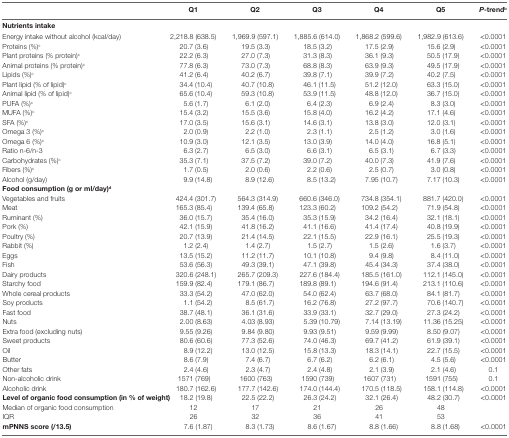
<table><thead><tr><td></td><td><b>Q1</b></td><td><b>Q2</b></td><td><b>Q3</b></td><td><b>Q4</b></td><td><b>Q5</b></td><td><b><i>P</i>-trend<sup>b</sup></b></td></tr></thead><tbody><tr><td><b>Nutrients intake</b></td><td></td><td></td><td></td><td></td><td></td><td></td></tr><tr><td>Energy intake without alcohol (kcal/day)</td><td>2,218.8 (638.5)</td><td>1,969.9 (597.1)</td><td>1,885.6 (614.0)</td><td>1,868.2 (599.6)</td><td>1,982.9 (613.6)</td><td>&lt;0.0001</td></tr><tr><td>Proteins (%)<sup>c</sup></td><td>20.7 (3.6)</td><td>19.5 (3.3)</td><td>18.5 (3.2)</td><td>17.5 (2.9)</td><td>15.6 (2.9)</td><td>&lt;0.0001</td></tr><tr><td>Plant proteins (% protein)<sup>c</sup></td><td>22.2 (6.3)</td><td>27.0 (7.3)</td><td>31.3 (8.3)</td><td>36.1 (9.3)</td><td>50.5 (17.9)</td><td>&lt;0.0001</td></tr><tr><td>Animal proteins (% protein)<sup>c</sup></td><td>77.8 (6.3)</td><td>73.0 (7.3)</td><td>68.8 (8.3)</td><td>63.9 (9.3)</td><td>49.5 (17.9)</td><td>&lt;0.0001</td></tr><tr><td>Lipids (%)<sup>c</sup></td><td>41.2 (6.4)</td><td>40.2 (6.7)</td><td>39.8 (7.1)</td><td>39.9 (7.2)</td><td>40.2 (7.5)</td><td>&lt;0.0001</td></tr><tr><td>Plant lipid (% of lipid)<sup>c</sup></td><td>34.4 (10.4)</td><td>40.7 (10.8)</td><td>46.1 (11.5)</td><td>51.2 (12.0)</td><td>63.3 (15.0)</td><td>&lt;0.0001</td></tr><tr><td>Animal lipid (% of lipid)<sup>c</sup></td><td>65.6 (10.4)</td><td>59.3 (10.8)</td><td>53.9 (11.5)</td><td>48.8 (12.0)</td><td>36.7 (15.0)</td><td>&lt;0.0001</td></tr><tr><td>PUFA (%)<sup>c</sup></td><td>5.6 (1.7)</td><td>6.1 (2.0)</td><td>6.4 (2.3)</td><td>6.9 (2.4)</td><td>8.3 (3.0)</td><td>&lt;0.0001</td></tr><tr><td>MUFA (%)<sup>c</sup></td><td>15.4 (3.2)</td><td>15.5 (3.6)</td><td>15.8 (4.0)</td><td>16.2 (4.2)</td><td>17.1 (4.6)</td><td>&lt;0.0001</td></tr><tr><td>SFA (%)<sup>c</sup></td><td>17.0 (3.5)</td><td>15.6 (3.1)</td><td>14.6 (3.1)</td><td>13.8 (3.0)</td><td>12.0 (3.1)</td><td>&lt;0.0001</td></tr><tr><td>Omega 3 (%)<sup>c</sup></td><td>2.0 (0.9)</td><td>2.2 (1.0)</td><td>2.3 (1.1)</td><td>2.5 (1.2)</td><td>3.0 (1.6)</td><td>&lt;0.0001</td></tr><tr><td>Omega 6 (%)<sup>c</sup></td><td>10.9 (3.0)</td><td>12.1 (3.5)</td><td>13.0 (3.9)</td><td>14.0 (4.0)</td><td>16.8 (5.1)</td><td>&lt;0.0001</td></tr><tr><td>Ratio n-6/n-3</td><td>6.3 (2.7)</td><td>6.5 (3.0)</td><td>6.6 (3.1)</td><td>6.5 (3.1)</td><td>6.7 (3.3)</td><td>&lt;0.0001</td></tr><tr><td>Carbohydrates (%)<sup>c</sup></td><td>35.3 (7.1)</td><td>37.5 (7.2)</td><td>39.0 (7.2)</td><td>40.0 (7.3)</td><td>41.9 (7.6)</td><td>&lt;0.0001</td></tr><tr><td>Fibers (%)<sup>c</sup></td><td>1.7 (0.5)</td><td>2.0 (0.6)</td><td>2.2 (0.6)</td><td>2.5 (0.7)</td><td>3.0 (0.8)</td><td>&lt;0.0001</td></tr><tr><td>Alcohol (g/day)</td><td>9.9 (14.8)</td><td>8.9 (12.6)</td><td>8.5 (13.2)</td><td>7.95 (10.7)</td><td>7.17 (10.3)</td><td>&lt;0.0001</td></tr><tr><td><b>Food consumption (g or ml/day)</b><sup>d</sup></td><td></td><td></td><td></td><td></td><td></td><td></td></tr><tr><td>Vegetables and fruits</td><td>424.4 (301.7)</td><td>564.3 (314.9)</td><td>660.6 (346.0)</td><td>734.8 (354.1)</td><td>881.7 (420.0)</td><td>&lt;0.0001</td></tr><tr><td>Meat</td><td>165.3 (85.4)</td><td>139.4 (65.8)</td><td>123.3 (60.2)</td><td>109.2 (54.2)</td><td>71.9 (54.8)</td><td>&lt;0.0001</td></tr><tr><td>Ruminant (%)</td><td>36.0 (15.7)</td><td>35.4 (16.0)</td><td>35.3 (15.9)</td><td>34.2 (16.4)</td><td>32.1 (18.1)</td><td>&lt;0.0001</td></tr><tr><td>Pork (%)</td><td>42.1 (15.9)</td><td>41.8 (16.2)</td><td>41.1 (16.6)</td><td>41.4 (17.4)</td><td>40.8 (19.9)</td><td>&lt;0.0001</td></tr><tr><td>Poultry (%)</td><td>20.7 (13.9)</td><td>21.4 (14.5)</td><td>22.1 (15.5)</td><td>22.9 (16.1)</td><td>25.5 (19.3)</td><td>&lt;0.0001</td></tr><tr><td>Rabbit (%)</td><td>1.2 (2.4)</td><td>1.4 (2.7)</td><td>1.5 (2.7)</td><td>1.5 (2.6)</td><td>1.6 (3.7)</td><td>&lt;0.0001</td></tr><tr><td>Eggs</td><td>13.5 (15.2)</td><td>11.2 (11.7)</td><td>10.1 (10.8)</td><td>9.4 (9.8)</td><td>8.4 (11.0)</td><td>&lt;0.0001</td></tr><tr><td>Fish</td><td>53.6 (56.3)</td><td>49.3 (39.1)</td><td>47.1 (39.8)</td><td>45.4 (34.3)</td><td>37.4 (38.0)</td><td>&lt;0.0001</td></tr><tr><td>Dairy products</td><td>320.6 (248.1)</td><td>265.7 (209.3)</td><td>227.6 (184.4)</td><td>185.5 (161.0)</td><td>112.1 (145.0)</td><td>&lt;0.0001</td></tr><tr><td>Starchy food</td><td>159.9 (82.4)</td><td>179.1 (86.7)</td><td>189.8 (89.1)</td><td>194.6 (91.4)</td><td>213.1 (110.6)</td><td>&lt;0.0001</td></tr><tr><td>Whole cereal products</td><td>33.3 (54.2)</td><td>47.0 (62.0)</td><td>54.0 (62.4)</td><td>63.7 (68.0)</td><td>84.1 (81.7)</td><td>&lt;0.0001</td></tr><tr><td>Soy products</td><td>1.1 (54.2)</td><td>8.5 (61.7)</td><td>16.2 (76.8)</td><td>27.2 (97.7)</td><td>70.6 (140.7)</td><td>&lt;0.0001</td></tr><tr><td>Fast food</td><td>38.7 (48.1)</td><td>36.1 (31.6)</td><td>33.9 (33.1)</td><td>32.7 (29.0)</td><td>27.3 (24.2)</td><td>&lt;0.0001</td></tr><tr><td>Nuts</td><td>2.00 (8.63)</td><td>4.03 (8.93)</td><td>5.39 (10.79)</td><td>7.14 (13.19)</td><td>11.36 (15.25)</td><td>&lt;0.0001</td></tr><tr><td>Extra food (excluding nuts)</td><td>9.55 (9.26)</td><td>9.84 (9.80)</td><td>9.93 (9.51)</td><td>9.59 (9.99)</td><td>8.50 (9.07)</td><td>&lt;0.0001</td></tr><tr><td>Sweet products</td><td>80.6 (60.6)</td><td>77.3 (52.6)</td><td>74.0 (46.3)</td><td>69.7 (41.2)</td><td>61.9 (39.1)</td><td>&lt;0.0001</td></tr><tr><td>Oil</td><td>8.9 (12.2)</td><td>13.0 (12.5)</td><td>15.8 (13.3)</td><td>18.3 (14.1)</td><td>22.7 (15.5)</td><td>&lt;0.0001</td></tr><tr><td>Butter</td><td>8.6 (7.9)</td><td>7.4 (6.7)</td><td>6.7 (6.2)</td><td>6.2 (6.1)</td><td>4.5 (5.6)</td><td>&lt;0.0001</td></tr><tr><td>Other fats</td><td>2.4 (4.6)</td><td>2.3 (4.7)</td><td>2.4 (4.8)</td><td>2.1 (3.9)</td><td>2.1 (4.6)</td><td>0.1</td></tr><tr><td>Non-alcoholic drink</td><td>1571 (769)</td><td>1600 (763)</td><td>1590 (739)</td><td>1607 (731)</td><td>1591 (755)</td><td>0.1</td></tr><tr><td>Alcoholic drink</td><td>180.7 (162.6)</td><td>177.7 (142.6)</td><td>174.0 (144.4)</td><td>170.5 (118.5)</td><td>158.1 (114.8)</td><td>&lt;0.0001</td></tr><tr><td><b>Level of organic food consumption (in % of weight)</b></td><td>18.2 (19.8)</td><td>22.5 (22.2)</td><td>26.3 (24.2)</td><td>32.1 (26.4)</td><td>48.2 (30.7)</td><td>&lt;0.0001</td></tr><tr><td>Median of organic food consumption</td><td>12</td><td>17</td><td>21</td><td>26</td><td>48</td><td></td></tr><tr><td>IQR</td><td>26</td><td>32</td><td>36</td><td>41</td><td>53</td><td></td></tr><tr><td><b>mPNNS score (/13.5)</b></td><td>7.6 (1.87)</td><td>8.3 (1.73)</td><td>8.6 (1.67)</td><td>8.8 (1.66)</td><td>8.8 (1.68)</td><td>&lt;0.0001</td></tr></tbody></table>